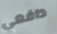
دافعي